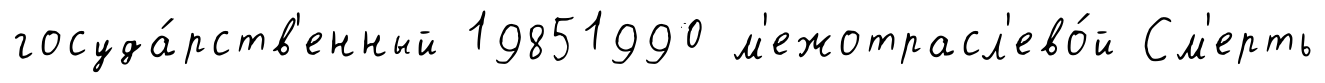
госуда́рств'енный 19851990 м'ежотрасл'ево́й См'ерть